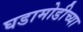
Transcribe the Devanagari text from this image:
घडामोडीच्या